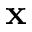
\mathbf { x }